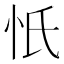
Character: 忯